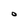
Character: O